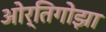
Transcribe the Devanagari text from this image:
ओर्तिगोझा